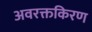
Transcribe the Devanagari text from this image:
अवरक्तकिरण